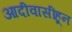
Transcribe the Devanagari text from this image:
आदीवासींहून